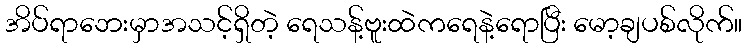
အိပ်ရာဘေးမှာအသင့်ရှိတဲ့ ရေသန့်ဗူးထဲကရေနဲ့ရောပြီး မော့ချပစ်လိုက်။